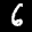
Label: 6